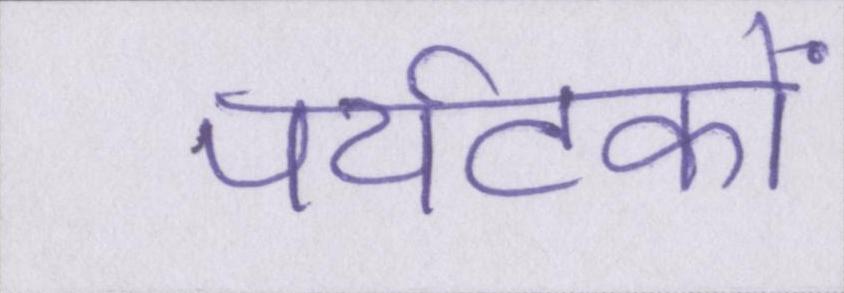
पर्यटकों